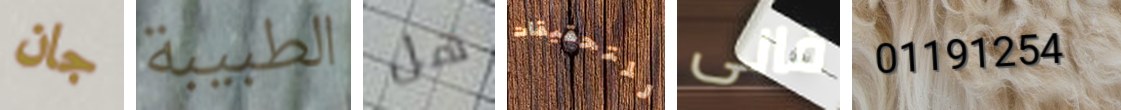
جان الطبيبة هل للتحقيقات فانى 01191254